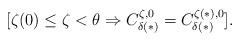
LaTeX: \begin{align*}[\zeta(0) \le \zeta < \theta \Rightarrow C^{\zeta,0}_{\delta(*)} =C^{\zeta(*),0}_{\delta(*)}].\end{align*}